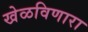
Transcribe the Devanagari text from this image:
खेळविणारा